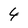
Character: 4